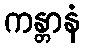
ကန္တာနံ